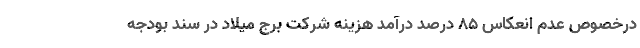
درخصوص عدم انعکاس 85 درصد درآمد هزینه شرکت برج میلاد در سند بودجه